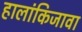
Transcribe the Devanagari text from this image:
हालांकिजावा